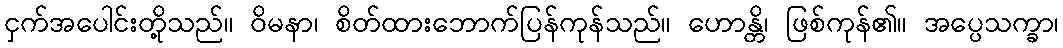
ငှက်အပေါင်းတို့သည်။ ဝိမနာ၊ စိတ်ထားဘောက်ပြန်ကုန်သည်။ ဟောန္တိ၊ ဖြစ်ကုန်၏။ အပ္ပေသက္ခာ၊